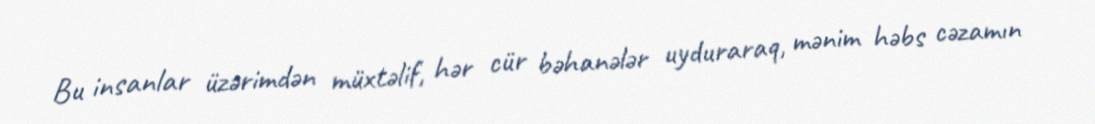
Bu insanlar üzərimdən müxtəlif, hər cür bəhanələr uyduraraq, mənim həbs cəzamın